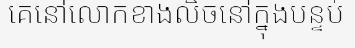
គេនៅលោកខាងលិចនៅក្នុងបន្ទប់